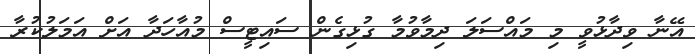
އޭނާ ވިދާޅުވީ މި މައްސަލަ ދިމާވުމާ ގުޅިގެން ސައިޓީސް މުއާހަދާ އަށް އަމަލުކުރާ